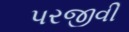
પરજીવી